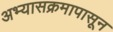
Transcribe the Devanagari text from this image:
अभ्यासक्रमापासून